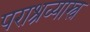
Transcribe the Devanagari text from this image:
पराश्रव्यास्त्र